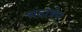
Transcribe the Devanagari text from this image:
चंदात्रेय